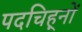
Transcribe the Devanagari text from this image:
पदचिह्‌नों